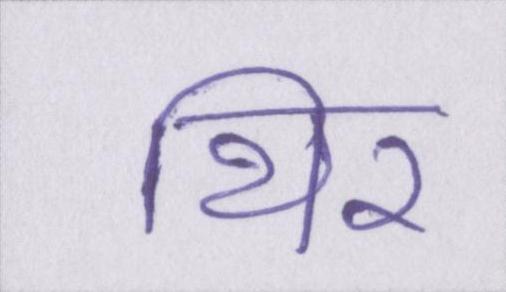
थिर